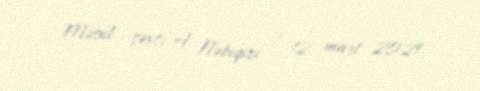
Məsul şəxs: A. Nəbiqızı / 12 mart 2021